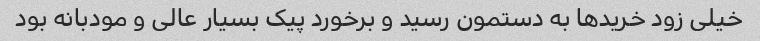
خیلی زود خریدها به دستمون رسید و برخورد پیک بسیار عالی و مودبانه بود